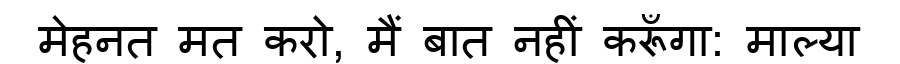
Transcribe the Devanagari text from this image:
मेहनत मत करो, मैं बात नहीं करूँगा: माल्या